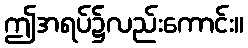
ဤအရပ်၌လည်းကောင်း။